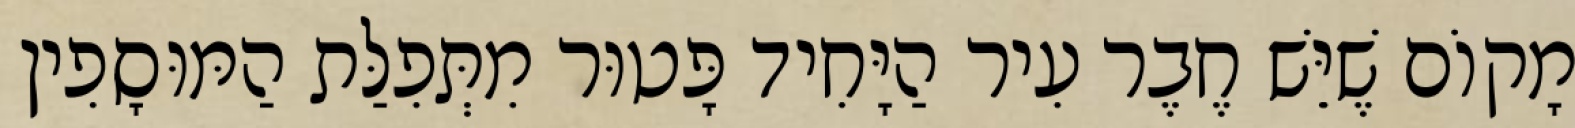
מָקוֹם שֶׁיֵּשׁ חֶבֶר עִיר הַיָּחִיד פָּטוּר מִתְּפִלַּת הַמּוּסָפִין